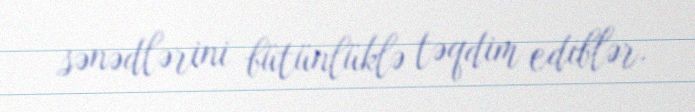
sənədlərini bütünlüklə təqdim ediblər.